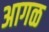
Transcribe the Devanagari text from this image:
अागळ